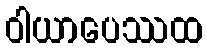
ဝါယာပေဿထ